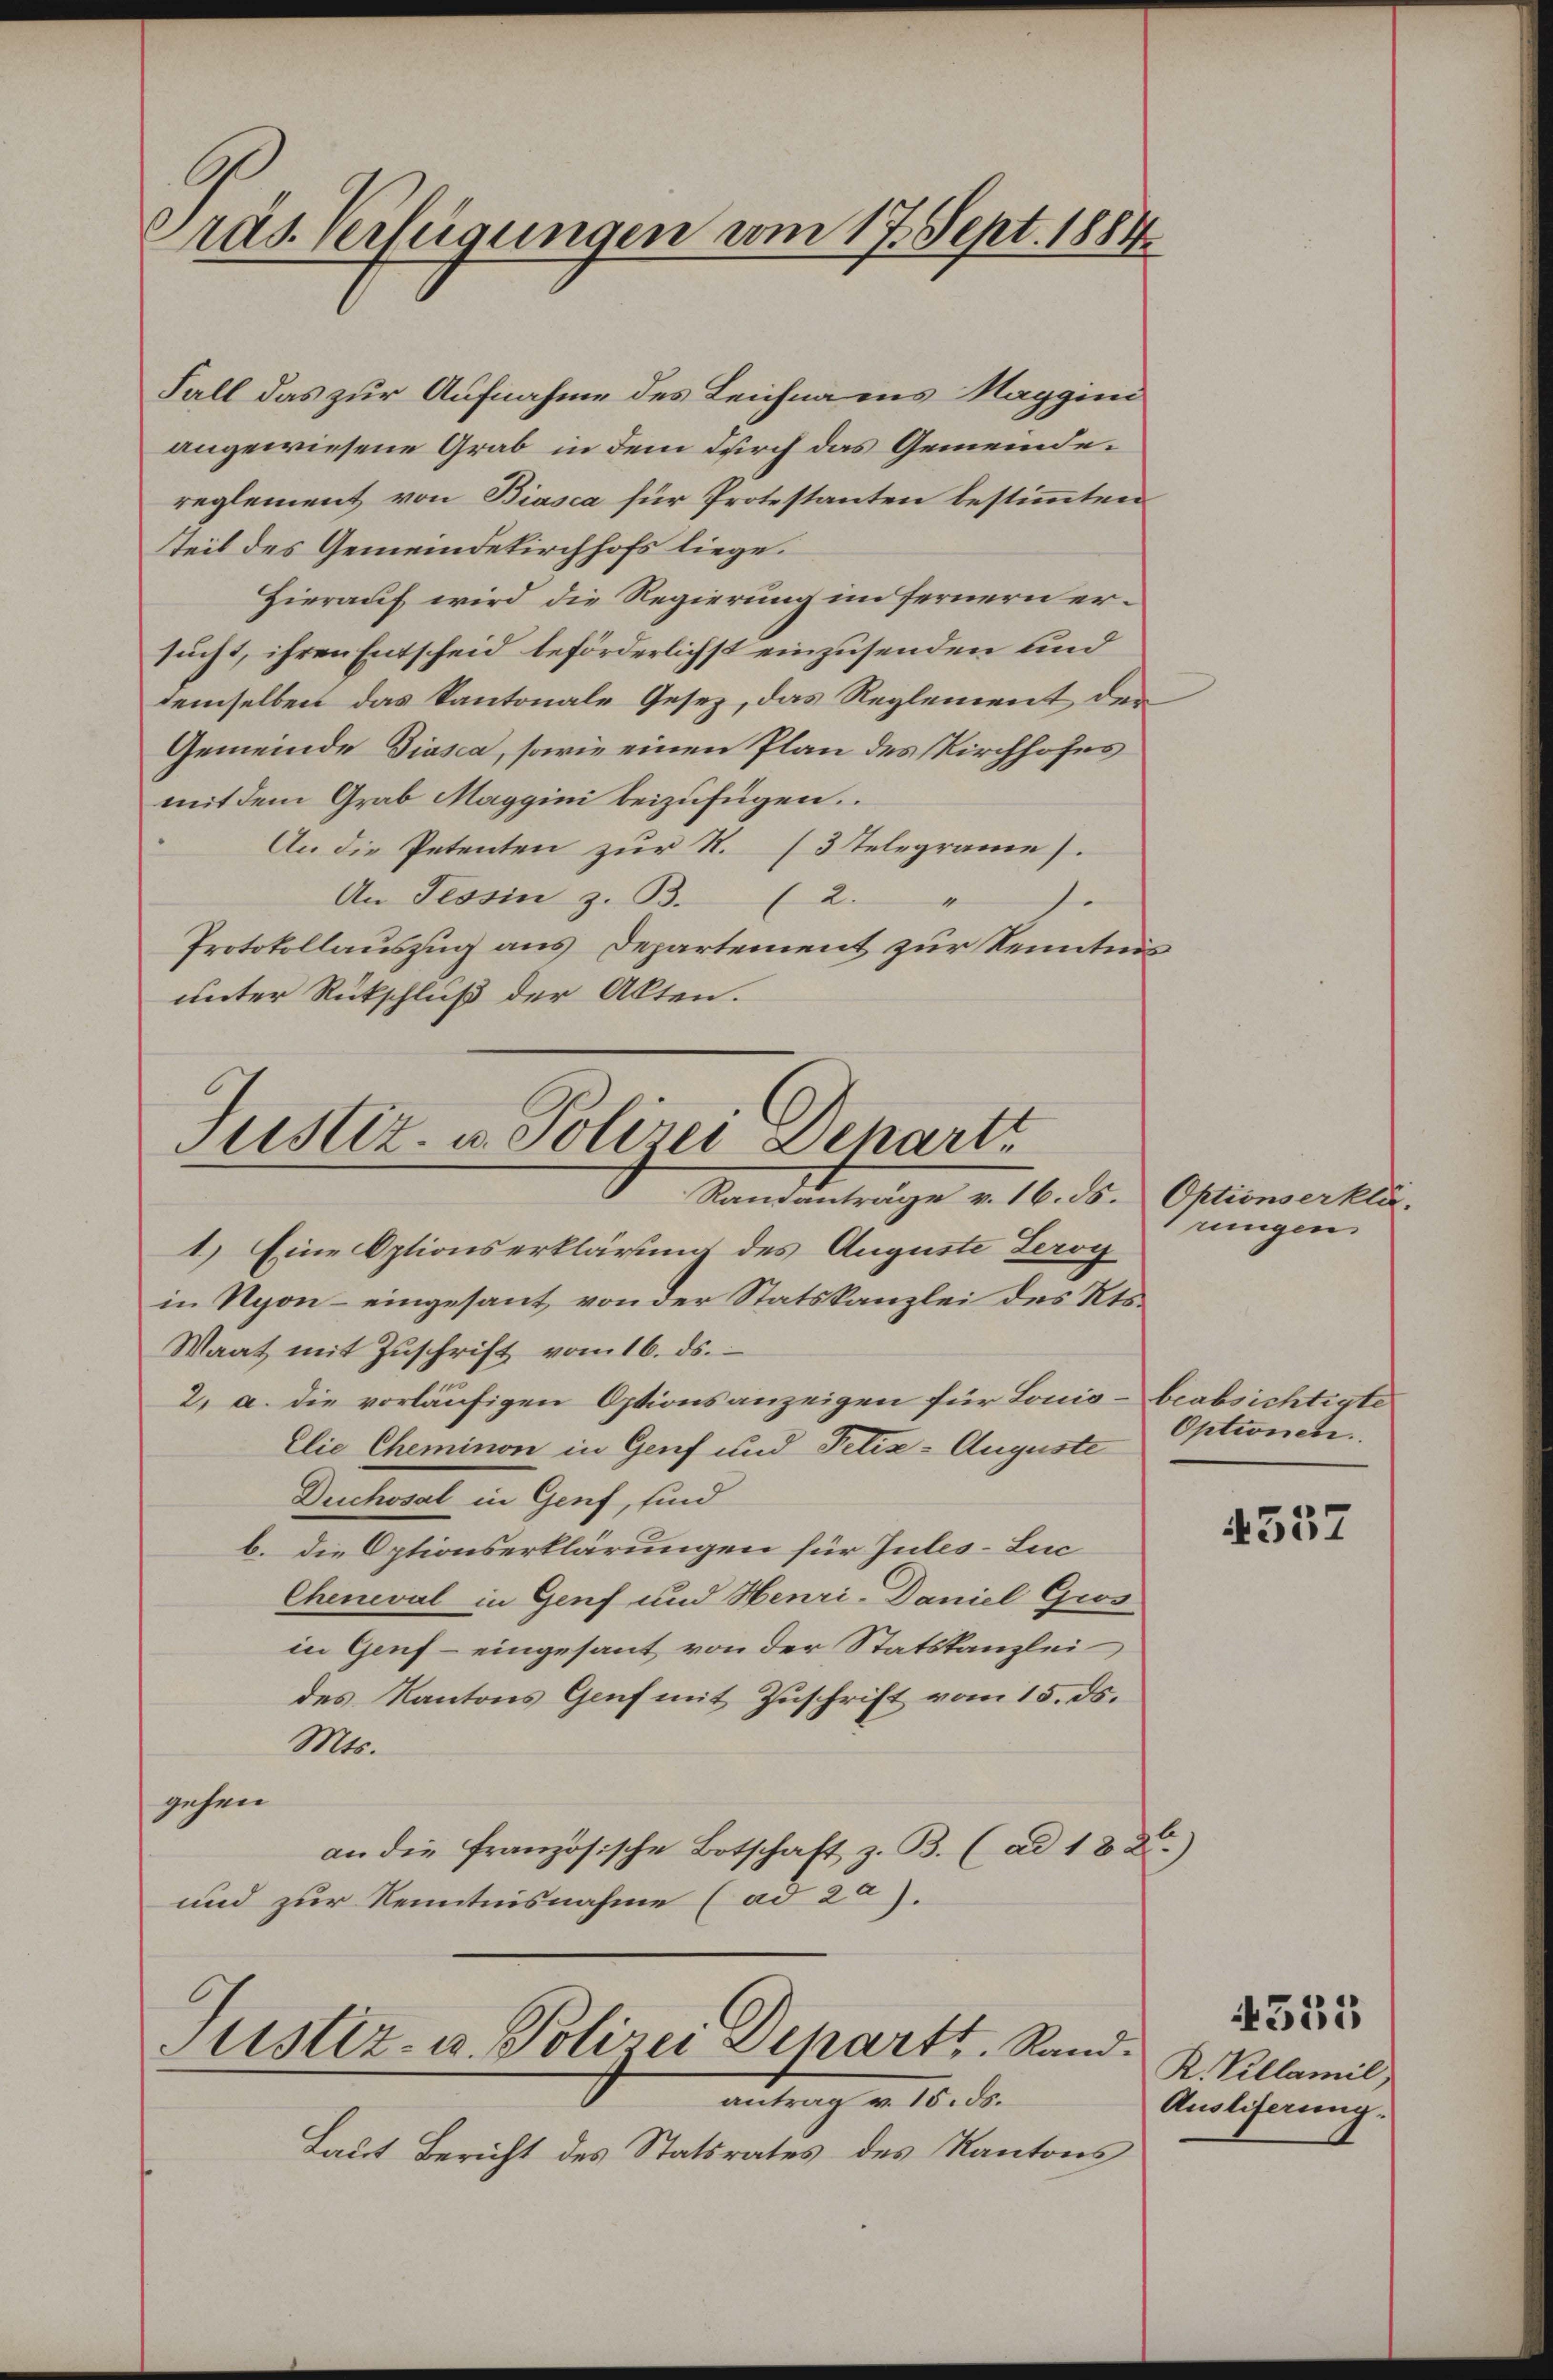
Präs. Verfügungen vom 17. Sept. 1884

Fall das zur Aufnahme des Leichnams Naggini
angewiesene Grab in dem durch das Gemeindereglement von Biasca für Protestanten bestimmten
tteil des Gemeindekirchhofs liege.
Hierauf wird die Regierung im Fernern ersucht, ihren Entscheid beförderlichst einzusenden und
demselben das Kantonale Gesez, das Reglement der
Gemeinde Diasca, sowie einen Plan des Kirchhofes
mit dem Grab Maggini beizufügen.
An die Petenten zur St. (3 Telegrame).
An Tessin z. B. (2.
se
Protokollauszug aus Departement zur Kenntnis
unter Rückschluß der Alten.

Justiz- u. Polizei Depart
Standentrage v. 16. ds. Oktionserken.

Justiz- u. Polizei Departt. Rand.
antrag v. 15. ds.

Laut Bericht des Statsrates des Kantons

1.) Eine Optionserklärung des Auguste Serog
in Nyon - eingesant, von der Statskanzlei des Kts.
Waat mit Zŭschrift vom 16. ds.
2. a. die vorläufigen Optionsanzeigen für Louis- beabsichtigte
Elie Cheminon in Genf und Petix-Auguste
Duchosal in Genf, sind
b. die Optionserklärungen für Jules-Luc
Cheneval in Genf und Henri-Daniel Gros
in Genf eingesant von der Statskanzlei
des Kantons Genf mit Zuschrift vom 15. ds.
Mts.
gehen
an die französische Botschaft z. B. (ad 1820.)
und zur Kenntnisnahme (ad 20).

rungen

Optionen.

537

R. Villamil
Ausliferung.

4333